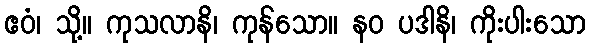
ဧဝံ၊ သို့။ ကုသလာနိ၊ ကုန်သော။ နဝ ပဒါနိ၊ ကိုးပါးသော